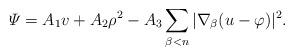
LaTeX: \begin{align*} \varPsi = A_1 v + A_2 \rho^2 - A_3 \sum_{\beta < n} |\nabla_{\beta} (u - \varphi)|^2. \end{align*}